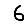
Digit: 6